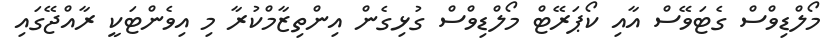
މޯލްޑިވްސް ގެޓަވޭސް އާއި ކޯޕަރޭޓް މޯލްޑިވްސް ގުޅިގެން އިންތިޒާމްކުރާ މި އިވެންޓަކީ ރާއްޖޭގައި